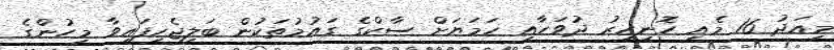
މިއަދު 16 މެއި ހޮނިހިރު ދުވަހާއި ހަމަޔަށް ސާކްގެ ގައުމުތަކުން ބަލިޖެހިފައިވާ މީހުންގެ